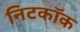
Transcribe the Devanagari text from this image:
निटकॉक